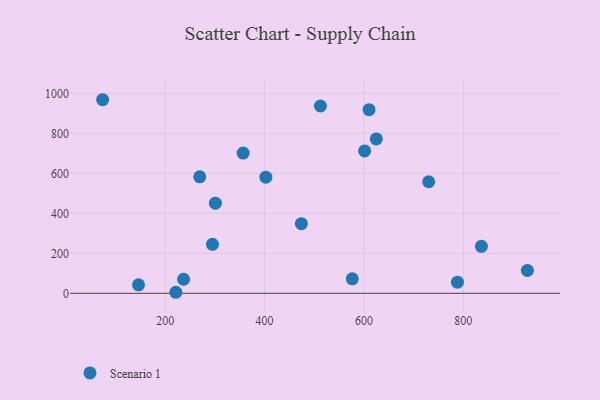
{"axis": {"x": "Speed", "y": "Demand"}, "legend": ["Scenario 1"], "data": [{"x": "512.4", "y": 936.7, "type": "Scenario 1"}, {"x": "836.3", "y": 234.9, "type": "Scenario 1"}, {"x": "237.0", "y": 70.4, "type": "Scenario 1"}, {"x": "269.5", "y": 582.4, "type": "Scenario 1"}, {"x": "356.8", "y": 701.2, "type": "Scenario 1"}, {"x": "402.5", "y": 580.8, "type": "Scenario 1"}, {"x": "610.2", "y": 918.5, "type": "Scenario 1"}, {"x": "788.1", "y": 55.8, "type": "Scenario 1"}, {"x": "928.8", "y": 114.5, "type": "Scenario 1"}, {"x": "146.3", "y": 42.4, "type": "Scenario 1"}, {"x": "74.1", "y": 968.2, "type": "Scenario 1"}, {"x": "624.8", "y": 772.3, "type": "Scenario 1"}, {"x": "576.4", "y": 72.7, "type": "Scenario 1"}, {"x": "601.3", "y": 712.3, "type": "Scenario 1"}, {"x": "295.1", "y": 244.9, "type": "Scenario 1"}, {"x": "730.2", "y": 557.9, "type": "Scenario 1"}, {"x": "221.4", "y": 5.2, "type": "Scenario 1"}, {"x": "474.0", "y": 348.5, "type": "Scenario 1"}, {"x": "301.0", "y": 450.9, "type": "Scenario 1"}]}